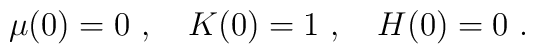
\mu(0)=0 \ , \ \ \ K(0)=1 \ , \ \ \ H(0)=0\ .